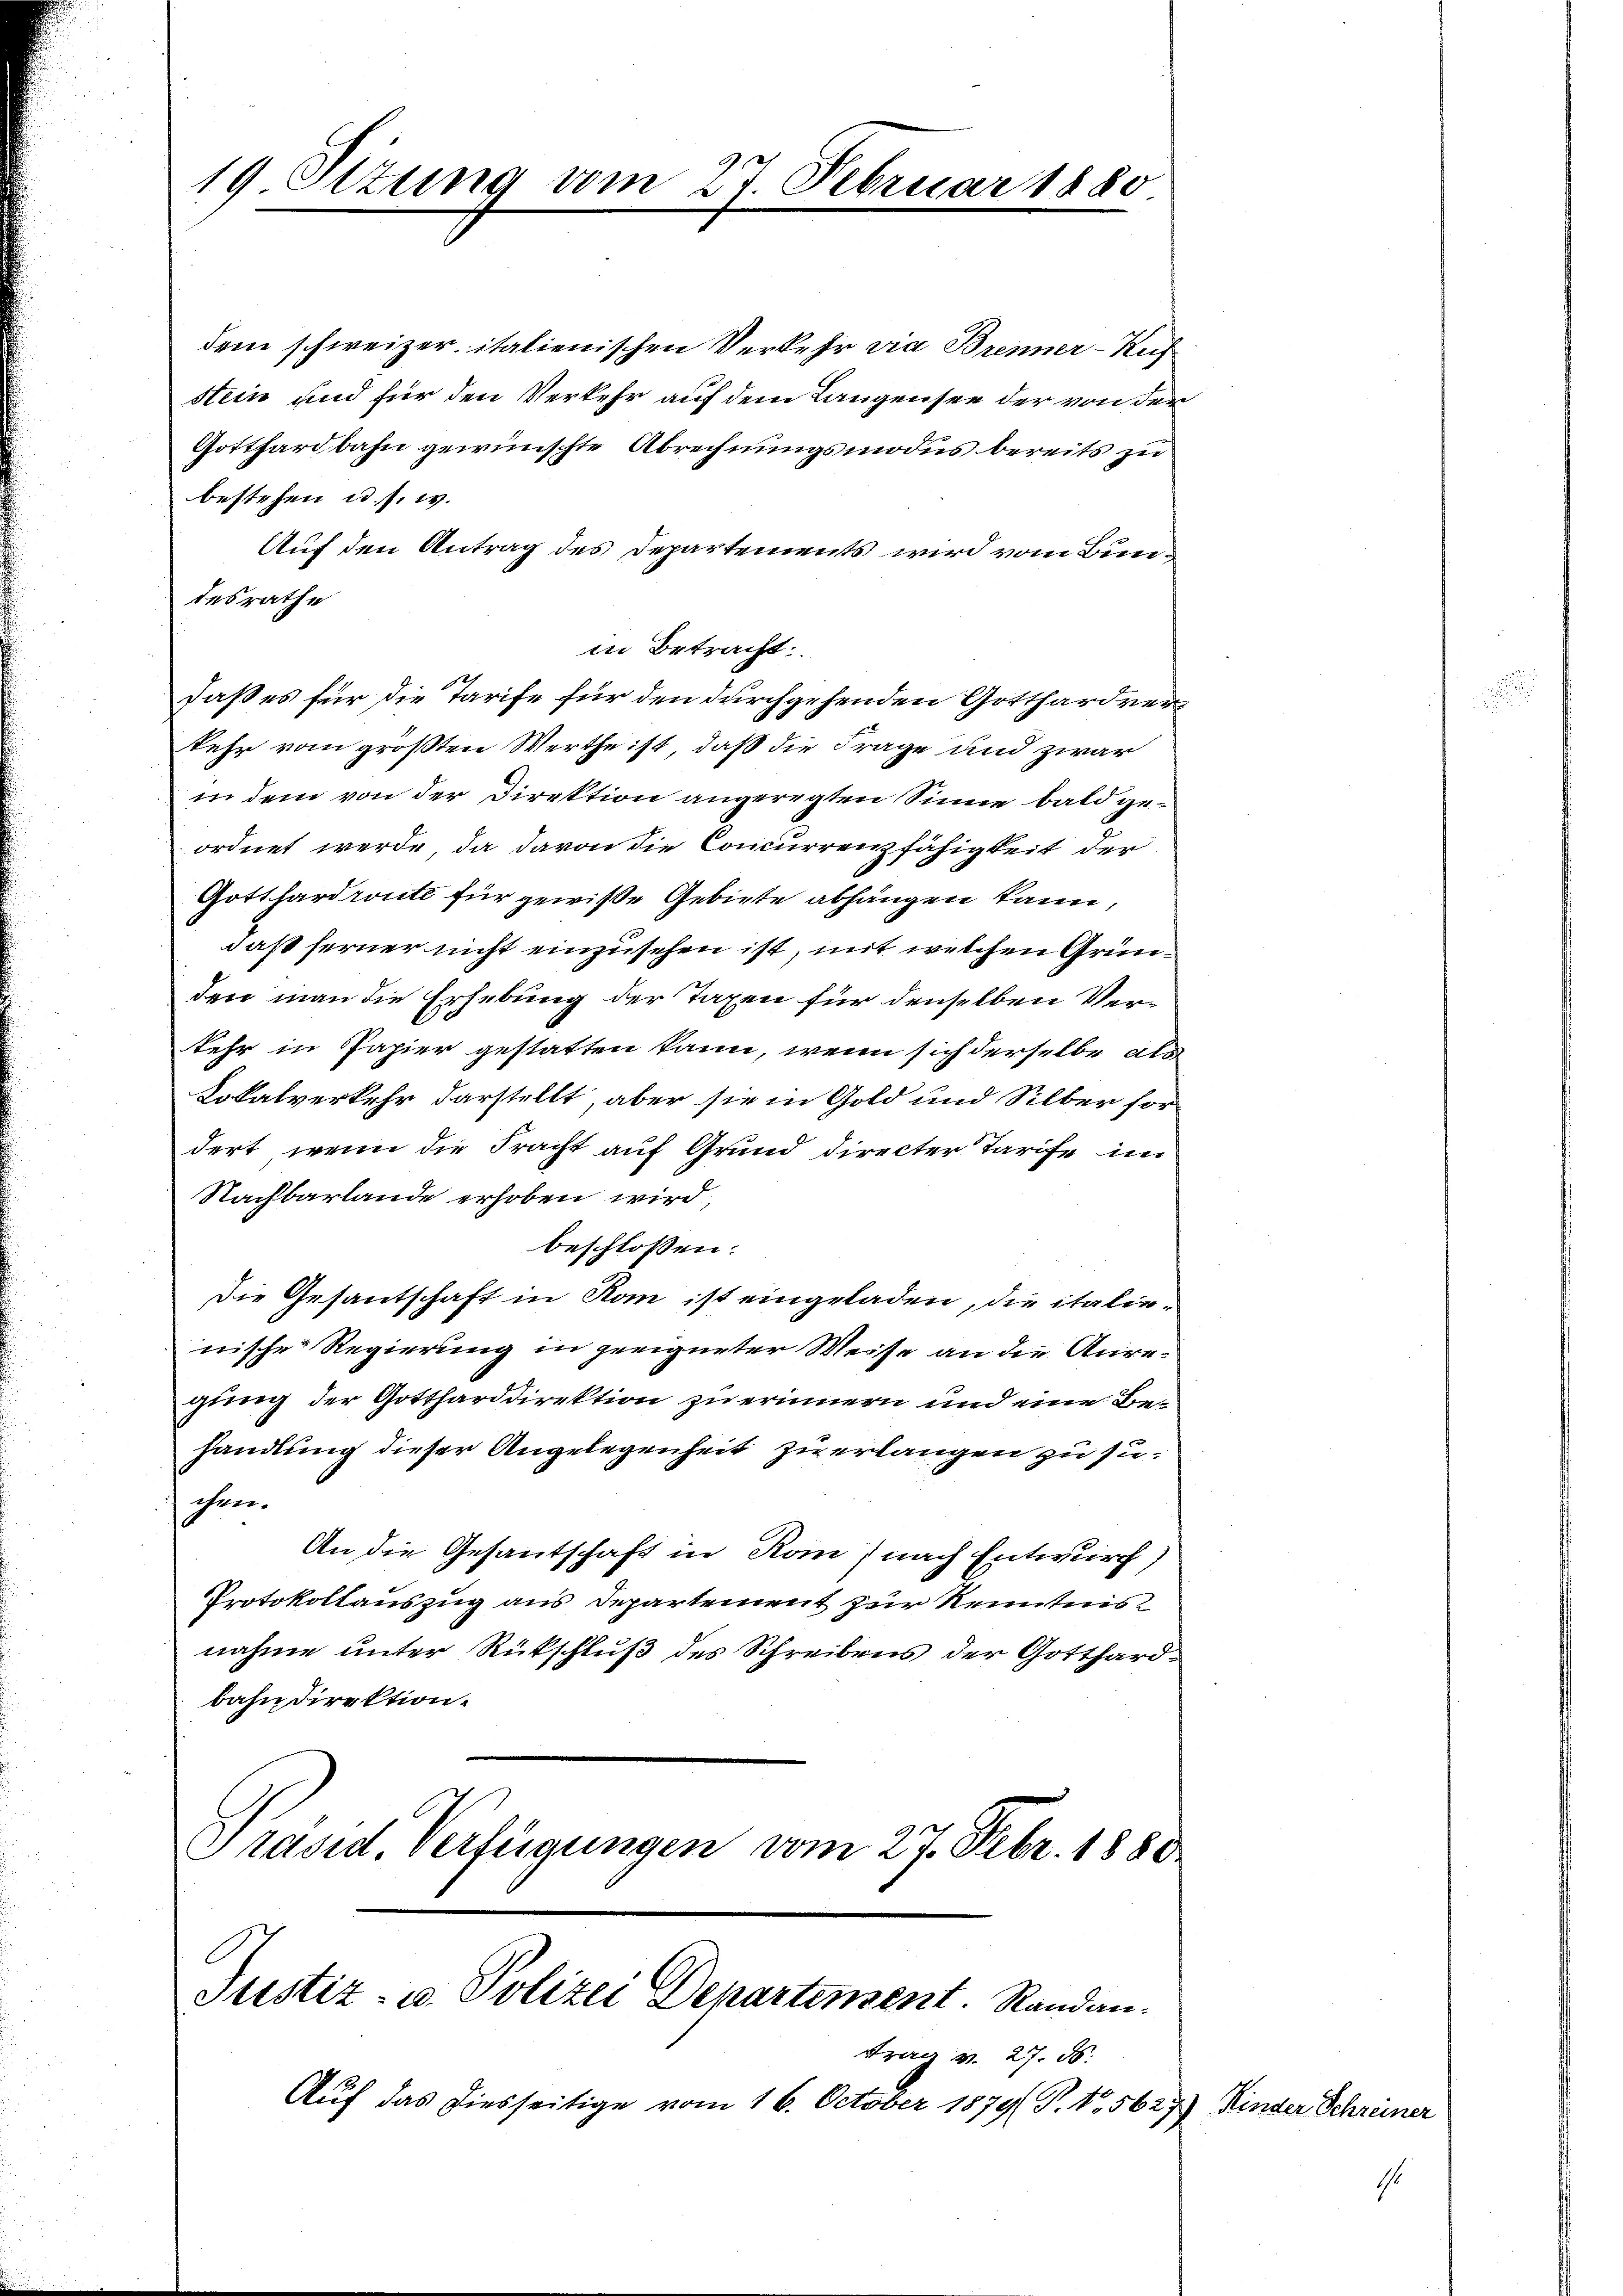
19 Sizung vom 27. Februar 1880

dem schweizer italienischen Verkehr via Brenner-Ruch
stein und für den Verkehr auf dem Langensee der von der
Gotthardbahn gewünschte Abrechnungsmodus bereits zu
bestehen u. s. w.
Auf den Antrag des Departements wird vom Bundesrathe
in Betracht:
daß es für die Tarife für den durchgehenden Gotthardverkehr vom größten Werthe ist, daß die Frage und zwar
in dem von der Direktion angeregten Sinne bald geordnet werde, da davon die Concurrenzfähigkeit der
Gotthardronte für gewiße Gebiete abhängen kann,
daß ferner nicht einzusehen ist, mit welchen Gründen man die Erhebung der Taxen für denselben Verkehr in Papier gestatten kann, wenn sich derselbe als
Lokalverkehr darstellt, aber sie in Gold und Silber fordert, wenn die Fracht auf Grund directer Tarife im
Nachbarlände erhoben wird,
beschlossen:
Die Gesantschaft in Rom ist eingeladen, die italienische Regierung in geeigneter Weise an die Anregung der Gottharddirektion zu erinnern und eine Behandlung dieser Angelegenheit zu erlangen zu ziechen.
An die Gesantschaft in Rom, nach Entwurf,
Protokollauszug aus Departement zur Kenntnisnahme unter Rückschluß des Schreibens der Gotthardbahndirektion.
Präsid. Verfügungen vom 27. Febr. 1880

Justiz- u. Polizei Departinsent. Randan¬

Frau v. 27. d.
Auf das diesseitige vom 16. October 1879 P. Nr. 5627) Kinder Schreiner